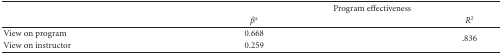
<table><thead><tr><td><b> </b></td><td colspan="2"><b>Program effectiveness</b></td></tr><tr><td><b> </b></td><td><b><i>β</i><sup>a</sup></b></td><td><b><i>R</i><sup>2</sup></b></td></tr></thead><tbody><tr><td>View on program</td><td>0.668</td><td rowspan="2">.836</td></tr><tr><td>View on instructor</td><td>0.259</td></tr></tbody></table>